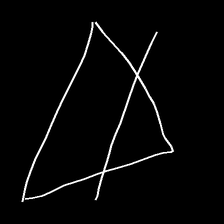
Glyph: empower